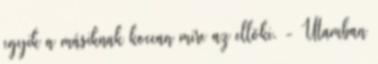
egyik a másiknak koccan mire az ellöki. - Utamban